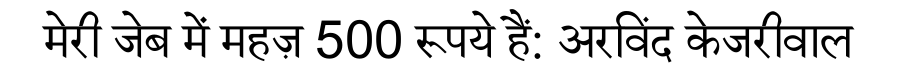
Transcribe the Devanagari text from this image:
मेरी जेब में महज़ 500 रूपये हैं: अरविंद केजरीवाल